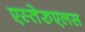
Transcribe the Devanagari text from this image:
एस्तेरुएलस